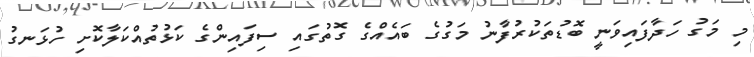
މި މަގު ހަދާފައިވަނީ ބޮޑުތަކުރުފާނު މަގުގެ ބައެއްގެ ގޮތުގައި ސިފައިންގެ ކަޅުތުއްކަލާކޮށި ހުޅަނގު